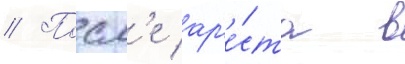
// Посл'е ар'е́ста в